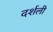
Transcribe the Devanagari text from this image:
दर्शली